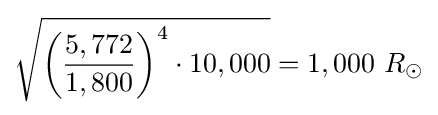
{\sqrt {{\biggl (}{\frac {5,772}{1,800}}{\biggr )}^{4}\cdot 10,000}}=1,000\ R_{\odot }